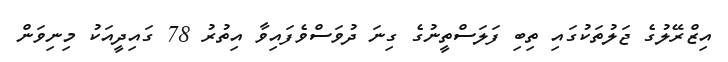
އިޒްރޭލުގެ ޖަލުތަކުގައި ތިބި ފަލަސްތީނުގެ ގިނަ ދުވަސްވެފައިވާ އިތުރު 78 ގައިދީއަކު މިނިވަން